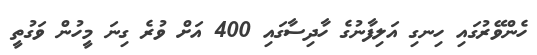
ހެންވޭރުގައި ހިނގި އަލިފާނުގެ ހާދިސާގައި 400 އަށް ވުރެ ގިނަ މީހުން ވަގުތީ